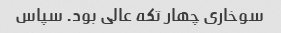
سوخاری چهار تکه عالی بود. سپاس